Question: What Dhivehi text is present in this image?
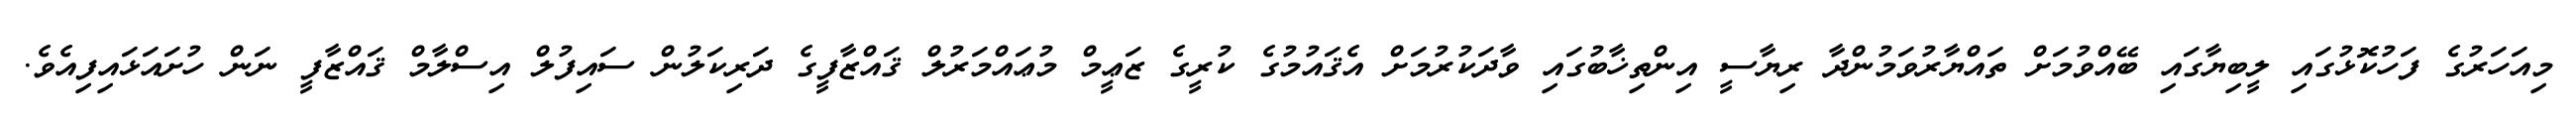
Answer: މިއަހަރުގެ ފަހުކޮޅުގައި ލީބިޔާގައި ބޭއްވުމަށް ތައްޔާރުވަމުންދާ ރިޔާސީ އިންތިޚާބުގައި ވާދަކުރުމަށް އެޤައުމުގެ ކުރީގެ ޒަޢީމް މުޢައްމަރުލް ޤައްޒާފީގެ ދަރިކަލުން ސައިފުލް އިސްލާމް ޤައްޒާފީ ނަން ހުށައަޅައިފިއެވެ.